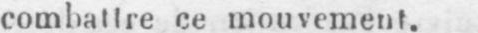
combattre ce mouvement.